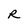
Character: R